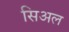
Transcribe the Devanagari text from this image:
सिअल